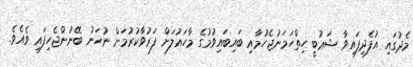
މެދުގައި އުފެދިފައިވާ ޝަޢުބީ ހިތްހަމަނުޖެހުމާއި ބައިބައިވުމުގެ މާހައުލަށް ފަރުވާކުރުމަށް ނުހަނު ބޭނުންޖެހިފައި ވެއެވެ.